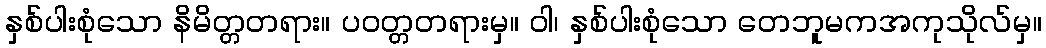
နှစ်ပါးစုံသော နိမိတ္တတရား။ ပဝတ္တတရားမှ။ ဝါ၊ နှစ်ပါးစုံသော တေဘူမကအကုသိုလ်မှ။